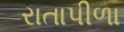
રાતાપીળા